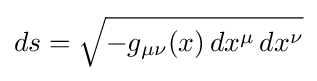
ds={\sqrt {-g_{\mu \nu }(x)\,dx^{\mu }\,dx^{\nu }}}